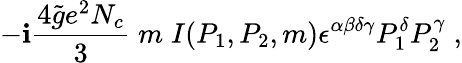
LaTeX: -\mathbf{i}\frac{{4\widetilde{{g}}e^{2}N_{c}}}{{3}}\; m\; I(P_{1},P_{2},m)\epsilon^{\alpha\beta\delta\gamma}P_{1}^{\delta}P_{2}^{\gamma}\; ,